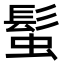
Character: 𩭃